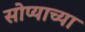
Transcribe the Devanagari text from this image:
सोप्याच्या